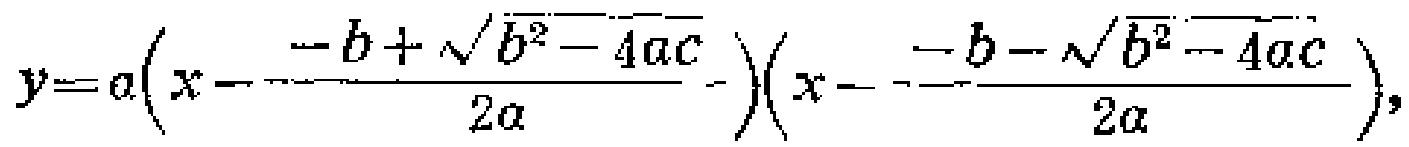
\[
y = a\left(x - \frac{-b + \sqrt{b^{2}-4ac}}{2a}\right)\left(x - \frac{-b - \sqrt{b^{2}-4ac}}{2a}\right),
\]